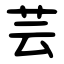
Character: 芸